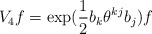
\begin{align*}V_{4}f=\exp (\frac{1}{2}b_{k}\theta ^{kj}b_{j})f\end{align*}